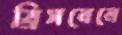
ব্রিসবেনে